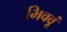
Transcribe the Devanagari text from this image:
भिववूं